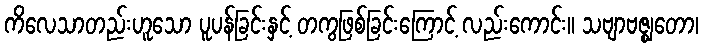
ကိလေသာတည်းဟူသော ပူပန်ခြင်းနှင့် တကွဖြစ်ခြင်းကြောင့် လည်းကောင်း။ သဗျာဗဇ္ဈတော၊